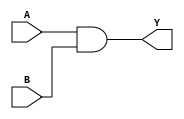
module ATAND2
    (
     A,
     B,
     Y
     );
input A;
input B;
output Y;

wire   Y;
assign Y = A&B;

endmodule
//cao